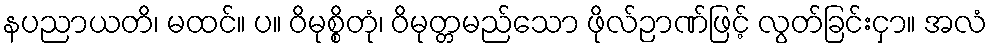
နပညာယတိ၊ မထင်။ ပ။ ဝိမုစ္စိတုံ၊ ဝိမုတ္တမည်သော ဖိုလ်ဉာဏ်ဖြင့် လွတ်ခြင်းငှာ။ အလံ